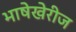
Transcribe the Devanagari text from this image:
भाषेखेरीज